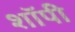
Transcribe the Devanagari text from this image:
शाॅपी